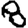
Digit: 8